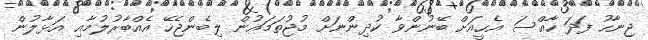
ޖިނާހު ފަދަ ހާއްސަ އެހީއަށް ބޭނުންވާ ކުދިންނަށް މުޖުތަމައުން ލިބެންޖެހޭ އެއްބާރުލުމާއި އަޅާލުން